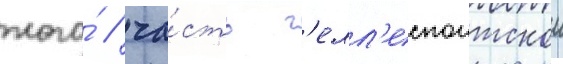
того́ / ча́сть г'елл'еспонтскои